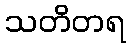
သတိတရ